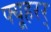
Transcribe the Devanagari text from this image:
फ्यूहरर्